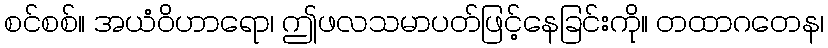
စင်စစ်။ အယံဝိဟာရော၊ ဤဖလသမာပတ်ဖြင့်နေခြင်းကို။ တထာဂတေန၊